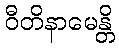
ဝီတိနာမေန္တိ